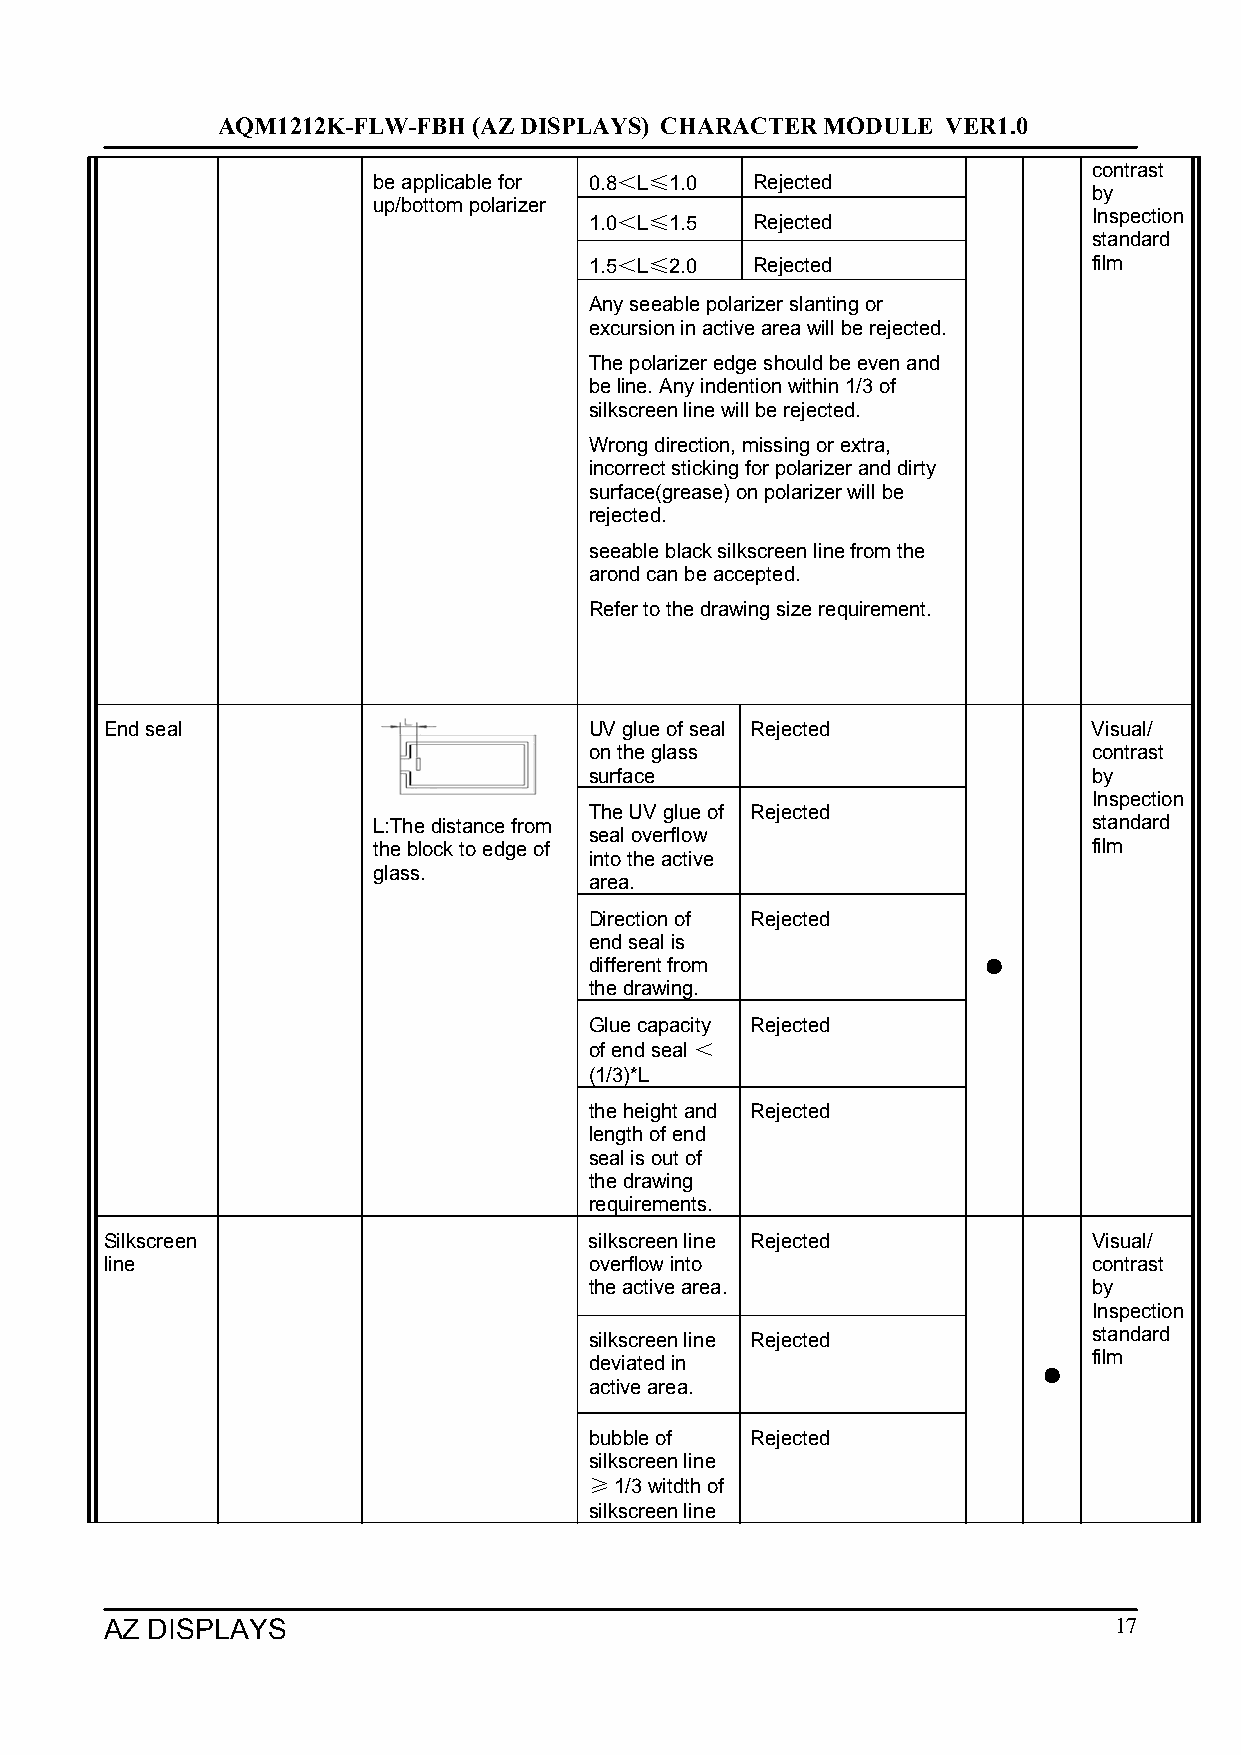
AQM1212K-FLW-FBH (AZ DISPLAYS) CHARACTER MODULE  VER1.0
 contrast
 be applicable for 0.8＜L≤1.0 Rejected
 by
 up/bottom polarizer
 1.0＜L≤1.5  Rejected              Inspection
 standard
 1.5＜L≤2.0  Rejected              film
 Any seeable polarizer slanting or
 excursion in active area will be rejected.
 The polarizer edge should be even and
 be line. Any indention within 1/3 of
 silkscreen line will be rejected.
 Wrong direction, missing or extra,
 incorrect sticking for polarizer and dirty
 surface(grease) on polarizer will be
 rejected.
 seeable black silkscreen line from the
 arond can be accepted.
 Refer to the drawing size requirement.
 End seal                        UV glue of seal Rejected         Visual/
 on the glass                     contrast
 surface                          by
 Inspection
 The UV glue of Rejected
 L:The distance from                            standard
 seal overflow
 the block to edge of                           film
 into the active
 glass.
 area.
 Direction of Rejected
 end seal is
 different from            ●
 the drawing.
 Glue capacity Rejected
 of end seal ＜
 (1/3)*L
 the height and Rejected
 length of end
 seal is out of
 the drawing
 requirements.
 Silkscreen                      silkscreen line Rejected         Visual/
 line                            overflow into                    contrast
 the active area.                 by
 Inspection
 silkscreen line Rejected         standard
 deviated in                      film
 ●
 active area.
 bubble of  Rejected
 silkscreen line
 ≥ 1/3 witdth of
 silkscreen line
 AZ DISPLAYS                                                        17